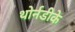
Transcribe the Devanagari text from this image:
थोर्नडीके